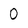
Character: 0